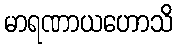
မာရဏာယဟောသိ